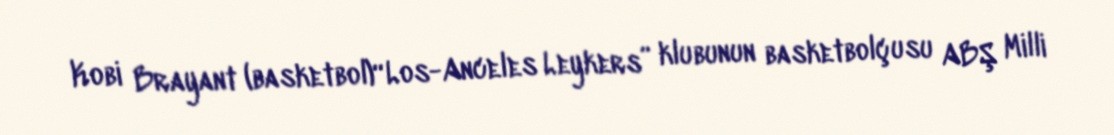
Kobi Brayant (basketbol)“Los-Anceles Leykers” klubunun basketbolçusu ABŞ Milli